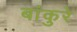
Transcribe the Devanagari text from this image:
बांकुरे